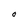
Character: O